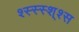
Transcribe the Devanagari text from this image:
श्स्स्स्श्श्स